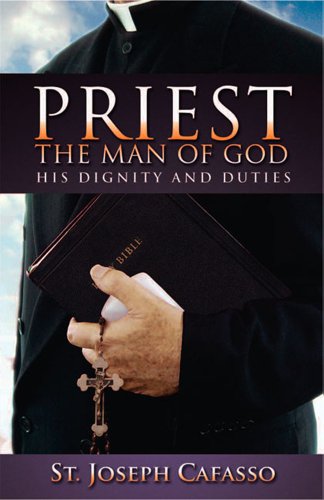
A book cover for The Priest: The Man of God; St. Joseph Cafasso; Christian Books & Bibles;